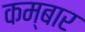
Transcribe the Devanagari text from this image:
कम्बार